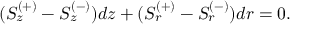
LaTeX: ( S _ { z } ^ { ( + ) } - S _ { z } ^ { ( - ) } ) d z + ( S _ { r } ^ { ( + ) } - S _ { r } ^ { ( - ) } ) d r = 0 .